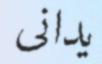
يدانى